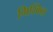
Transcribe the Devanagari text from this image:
मिश्किल